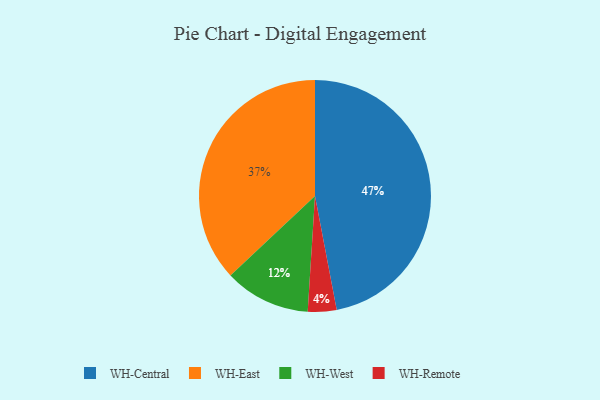
{"axis": {"x": "Category", "y": "Percentage"}, "legend": ["WH-Central", "WH-East", "WH-Remote", "WH-West"], "data": [{"x": "WH-Remote", "y": 4, "type": "WH-Remote"}, {"x": "WH-Central", "y": 47, "type": "WH-Central"}, {"x": "WH-East", "y": 37, "type": "WH-East"}, {"x": "WH-West", "y": 12, "type": "WH-West"}]}